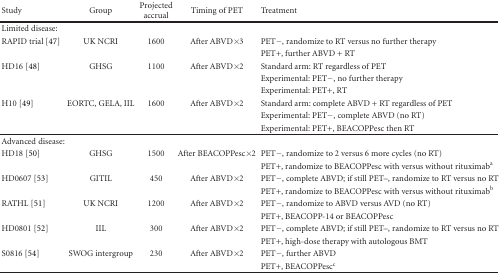
<table><thead><tr><td><b>Study</b></td><td><b>Group</b></td><td><b>Projected accrual</b></td><td><b>Timing of PET</b></td><td><b>Treatment</b></td></tr></thead><tbody><tr><td>Limited disease:</td><td></td><td></td><td></td><td></td></tr><tr><td>RAPID trial [47]</td><td>UK NCRI</td><td>1600</td><td>After ABVD × 3</td><td>PET−, randomize to RT versus no further therapy</td></tr><tr><td></td><td></td><td></td><td></td><td>PET+, further ABVD + RT</td></tr><tr><td>HD16 [48]</td><td>GHSG</td><td>1100</td><td>After ABVD × 2</td><td>Standard arm: RT regardless of PET</td></tr><tr><td></td><td></td><td></td><td></td><td>Experimental: PET−, no further therapy</td></tr><tr><td></td><td></td><td></td><td></td><td>Experimental: PET+, RT</td></tr><tr><td>H10 [49]</td><td>EORTC, GELA, IIL</td><td>1600</td><td>After ABVD × 2</td><td>Standard arm: complete ABVD + RT regardless of PET</td></tr><tr><td></td><td></td><td></td><td></td><td>Experimental: PET−, complete ABVD (no RT)</td></tr><tr><td></td><td></td><td></td><td></td><td>Experimental: PET+, BEACOPPesc then RT</td></tr><tr><td>Advanced disease:</td><td></td><td></td><td></td><td></td></tr><tr><td>HD18 [50]</td><td>GHSG</td><td>1500</td><td>After BEACOPPesc × 2</td><td>PET−, randomize to 2 versus 6 more cycles (no RT)</td></tr><tr><td></td><td></td><td></td><td></td><td>PET+, randomize to BEACOPPesc with versus without rituximab<sup>a</sup></td></tr><tr><td>HD0607 [53]</td><td>GITIL</td><td>450</td><td>After ABVD × 2</td><td>PET−, complete ABVD; if still PET–, randomize to RT versus no RT</td></tr><tr><td></td><td></td><td></td><td></td><td>PET+, randomize to BEACOPPesc with versus without rituximab<sup>b</sup></td></tr><tr><td>RATHL [51]</td><td>UK NCRI</td><td>1200</td><td>After ABVD × 2</td><td>PET−, randomize to ABVD versus AVD (no RT)</td></tr><tr><td></td><td></td><td></td><td></td><td>PET+, BEACOPP-14 or BEACOPPesc</td></tr><tr><td>HD0801 [52]</td><td>IIL</td><td>300</td><td>After ABVD × 2</td><td>PET−, complete ABVD; if still PET–, randomize to RT versus no RT</td></tr><tr><td></td><td></td><td></td><td></td><td>PET+, high-dose therapy with autologous BMT</td></tr><tr><td>S0816 [54]</td><td>SWOG intergroup</td><td>230</td><td>After ABVD × 2</td><td>PET−, further ABVD</td></tr><tr><td></td><td></td><td></td><td></td><td>PET+, BEACOPPesc<sup>c</sup></td></tr></tbody></table>